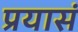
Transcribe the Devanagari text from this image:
प्रयासं